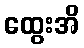
ထွေးအိ